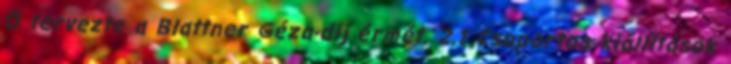
Ő tervezte a Blattner Géza-díj érmét. 2.1 Csoportos kiállítások